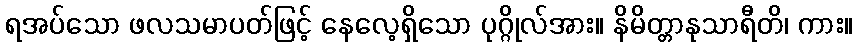
ရအပ်သော ဖလသမာပတ်ဖြင့် နေလေ့ရှိသော ပုဂ္ဂိုလ်အား။ နိမိတ္တာနုသာရီတိ၊ ကား။